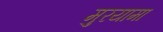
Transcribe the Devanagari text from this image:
मुरयामा